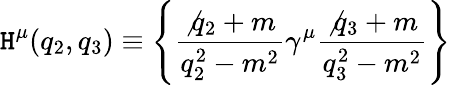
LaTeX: \mathtt{H}^{\mu}(q_{2},q_{3})\equiv\left\{ \frac{{\not{{q_{2}}}+m}}{{q_{2}^{2}-m^{2}}}\gamma^{\mu}\frac{{\not{{q_{3}}}+m}}{{q_{3}^{2}-m^{2}}}\right\}